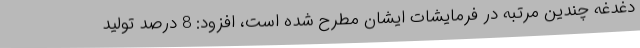
دغدغه چندین مرتبه در فرمایشات ایشان مطرح شده است، افزود: 8 درصد تولید